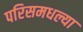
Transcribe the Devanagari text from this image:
परिसमधल्या